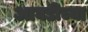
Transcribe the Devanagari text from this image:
आघडीच्या